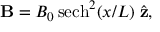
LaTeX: { \bf B } = B _ { 0 } \, \mathrm { s e c h } ^ { 2 } ( x / L ) \; { \hat { \bf z } } ,